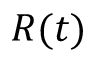
R ( t )